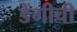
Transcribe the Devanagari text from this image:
डेंगीची